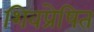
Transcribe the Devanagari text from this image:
शिवप्रेषित